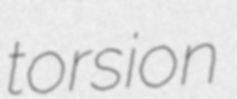
torsion